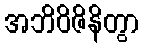
အဘိဝိဇိနိတွာ